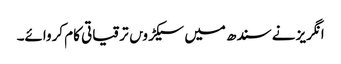
انگریز نے سندھ میں سیکڑو‍ں ترقیاتی کام کروائے۔